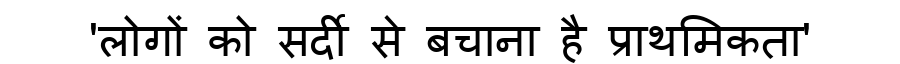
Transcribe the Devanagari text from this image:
'लोगों को सर्दी से बचाना है प्राथमिकता'